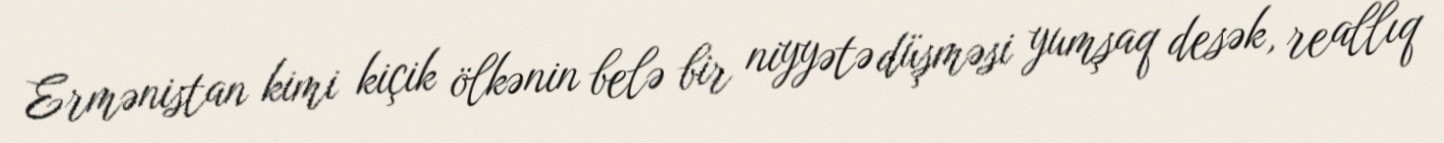
Ermənistan kimi kiçik ölkənin belə bir niyyətə düşməsi yumşaq desək, reallıq